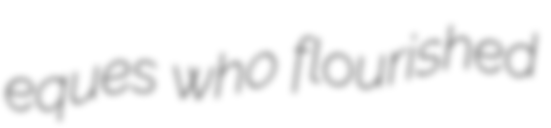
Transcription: eques who flourished